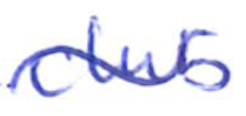
Text: club
Cross-out: wave
Writing tool: ballpoint